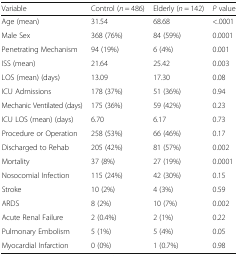
| Variable | Control (n = 486) | Elderly (n = 142) | P value |
 | --- | --- | --- | --- |
 | Age (mean) | 31.54 | 68.68 | <.0001 |
 | Male Sex | 368 (76%) | 84 (59%) | 0.0001 |
 | Penetrating Mechanism | 94 (19%) | 6 (4%) | 0.001 |
 | ISS (mean) | 21.64 | 25.42 | 0.003 |
 | LOS (mean) (days) | 13.09 | 17.30 | 0.08 |
 | ICU Admissions | 178 (37%) | 51 (36%) | 0.94 |
 | Mechanic Ventilated (days) | 175 (36%) | 59 (42%) | 0.23 |
 | ICU LOS (mean) (days) | 6.70 | 6.17 | 0.73 |
 | Procedure or Operation | 258 (53%) | 66 (46%) | 0.17 |
 | Discharged to Rehab | 205 (42%) | 81 (57%) | 0.002 |
 | Mortality | 37 (8%) | 27 (19%) | 0.0001 |
 | Nosocomial Infection | 115 (24%) | 42 (30%) | 0.15 |
 | Stroke | 10 (2%) | 4 (3%) | 0.59 |
 | ARDS | 8 (2%) | 10 (7%) | 0.002 |
 | Acute Renal Failure | 2 (0.4%) | 2 (1%) | 0.22 |
 | Pulmonary Embolism | 5 (1%) | 5 (4%) | 0.05 |
 | Myocardial Infarction | 0 (0%) | 1 (0.7%) | 0.98 |